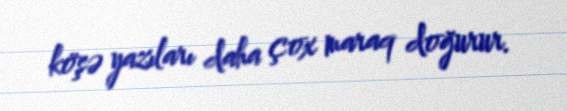
köşə yazıları daha çox maraq doğurur.